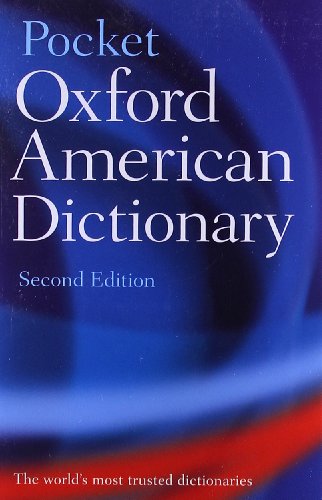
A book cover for Pocket Oxford American Dictionary; Reference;